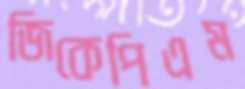
জিকেপিএম